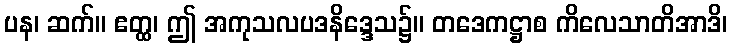
ပန၊ ဆက်။ ဧတ္ထ၊ ဤ အကုသလပဒနိဒ္ဒေသ၌။ တဒေကဋ္ဌာစ ကိလေသာတိအာဒိ၊